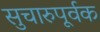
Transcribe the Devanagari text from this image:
सुचारुपूर्वक